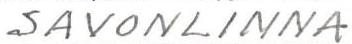
SAVONLINNA